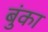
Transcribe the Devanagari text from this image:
बुंका